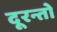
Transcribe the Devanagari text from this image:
दूरन्तो